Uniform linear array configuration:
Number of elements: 32
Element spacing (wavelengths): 0.25
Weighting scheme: hamming
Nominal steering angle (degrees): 45
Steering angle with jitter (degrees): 43.432
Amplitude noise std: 0.05
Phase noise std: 0.05

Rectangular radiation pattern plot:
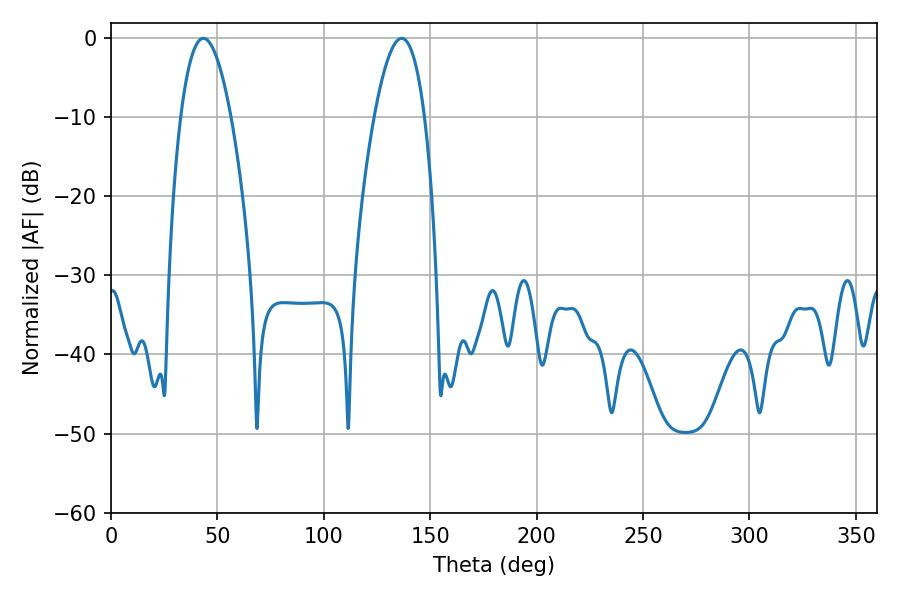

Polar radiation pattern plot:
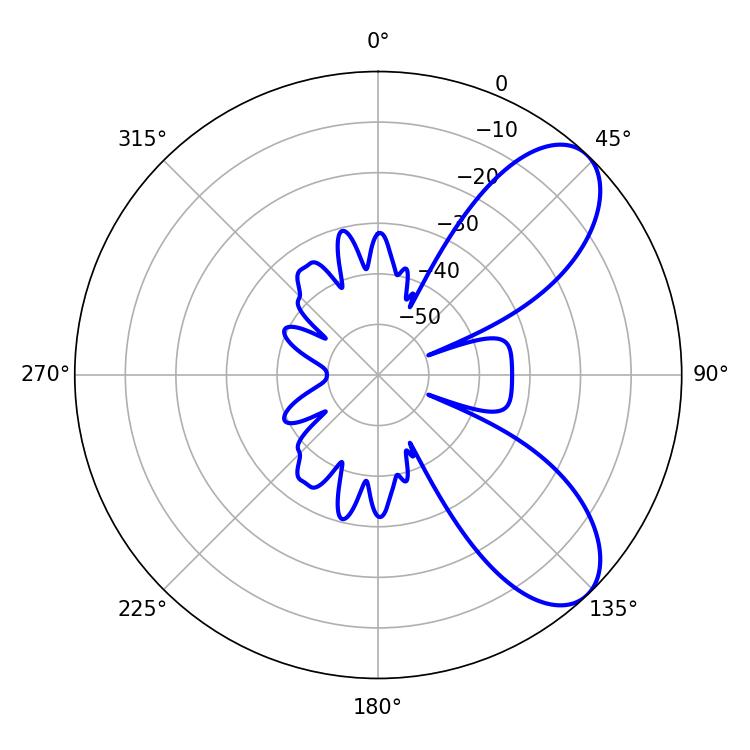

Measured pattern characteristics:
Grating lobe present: FALSE
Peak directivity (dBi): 7.733
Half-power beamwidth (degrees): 12.96
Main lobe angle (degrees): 43.38